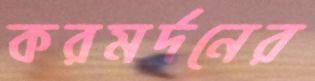
করমর্দনের